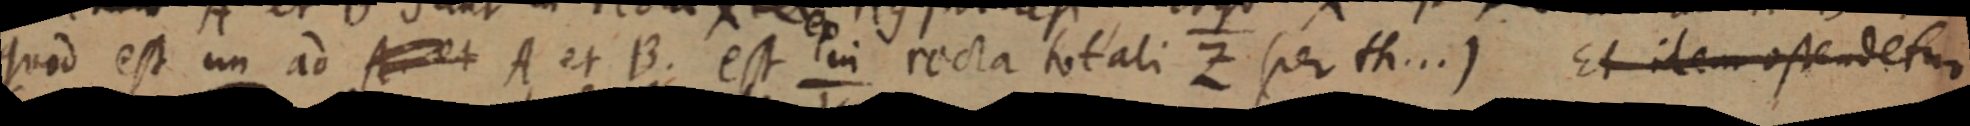
quod est un ad A et A et B. est in recta totali Z (per th...) Et idem ostendetur